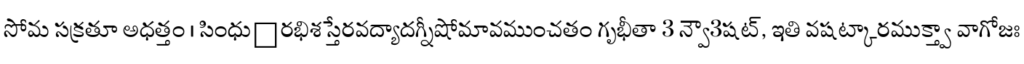
సోమ సక్రతూ అధత్తం । సింధుఀరభిశస్తేరవద్యాదగ్నీషోమావముంచతం గృభీతా 3 న్వౌ3షట్, ఇతి వషట్కారముక్త్వా వాగోజః